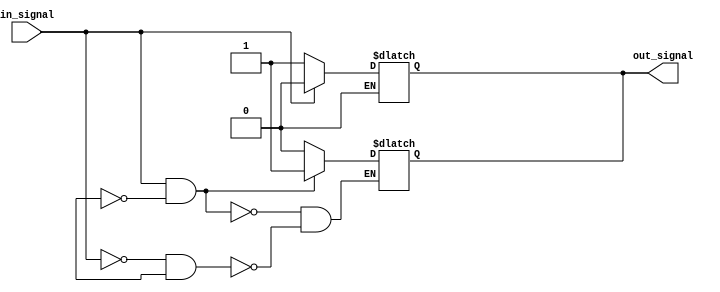
module Schmitt_trigger_inverter (
    input wire in_signal,
    output reg out_signal
);

reg prev_signal;

// Define the thresholds for switching
parameter HIGH_THRESHOLD = 1'b1;
parameter LOW_THRESHOLD = 1'b0;

// Implement the combinational logic block
always @(*) begin
    if (in_signal == HIGH_THRESHOLD && prev_signal == LOW_THRESHOLD) begin
        out_signal <= HIGH_THRESHOLD;
    end else if (in_signal == LOW_THRESHOLD && prev_signal == HIGH_THRESHOLD) begin
        out_signal <= LOW_THRESHOLD;
    end else begin
        out_signal <= out_signal;
    end
end

// Implement the Schmitt trigger inverter
always @(*) begin
    if (in_signal == HIGH_THRESHOLD) begin
        out_signal <= LOW_THRESHOLD;
    end else if (in_signal == LOW_THRESHOLD) begin
        out_signal <= HIGH_THRESHOLD;
    end
end

endmodule